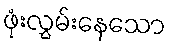
ဖုံးလွှမ်းနေသော